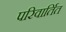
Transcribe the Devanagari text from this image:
परिवार्तित